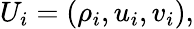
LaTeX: U_{i}=(\rho_{i},u_{i},v_{i}),